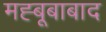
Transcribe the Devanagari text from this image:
मह्बूबाबाद